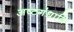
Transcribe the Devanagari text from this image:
अष्टगंधादि